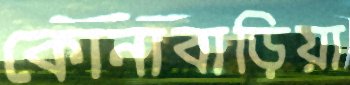
কোনাবাড়িয়া